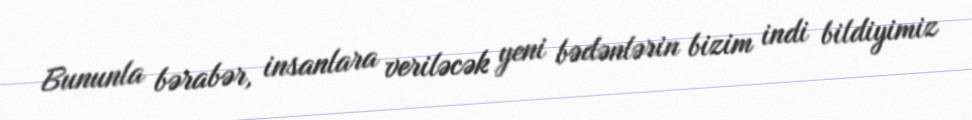
Bununla bərabər, insanlara veriləcək yeni bədənlərin bizim indi bildiyimiz